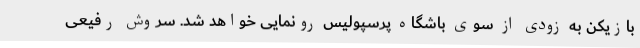
بازیکن به زودی از سوی باشگاه پرسپولیس رونمایی خواهد شد. سروش رفیعی